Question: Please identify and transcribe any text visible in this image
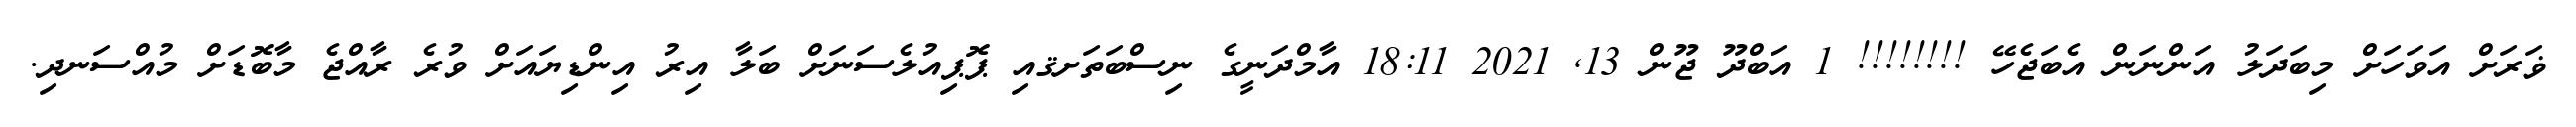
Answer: ޥަރަށް އަވަހަށް މިބަދަލު އަންނަން އެބަޖެހޭ !!!!!!!! 1 އަބްދޫ ޖޫން 13, 2021 18:11 އާމްދަނީގެ ނިސްބަތަށޤއި ޕޮޕިއުލެސަނަށް ބަލާ އިރު އިންޑިޔައަށް ވުރެ ރާއްޖެ މާބޮޑަށް މުއްސަނދި.